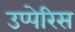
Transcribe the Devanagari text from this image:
उप्पेरिस